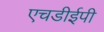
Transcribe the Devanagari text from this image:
एचडीईपी